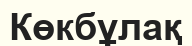
Көкбұлақ